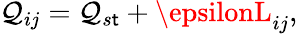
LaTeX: \mathcal{Q}_{ij}=\mathcal{Q}_{s\mathsf{t}}+\epsilonL_{ij},